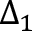
\Delta _ { 1 }